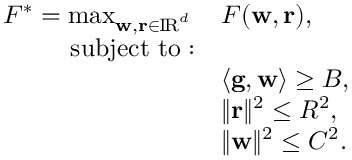
\begin{array} { r l } { F ^ { * } = \operatorname* { m a x } _ { \mathbf w , \mathbf r \in \mathrm { I \! R } ^ { d } } \, } & { F ( \mathbf w , \mathbf r ) , \; } \\ { \mathrm { s u b j e c t ~ t o : } } & { } \\ & { \langle \mathbf g , \mathbf w \rangle \geq B , } \\ & { \| \mathbf r \| ^ { 2 } \leq R ^ { 2 } , } \\ & { \| \mathbf w \| ^ { 2 } \leq C ^ { 2 } . } \end{array}